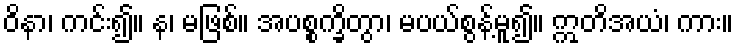
ဝိနာ၊ ကင်း၍။ န၊ မဖြစ်။ အပစ္စက္ခိတွာ၊ မပယ်စွန့်မူ၍။ ဣတိအယံ၊ ကား။